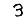
Digit: 3